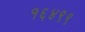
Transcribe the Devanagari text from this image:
१६४९९